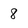
Character: 8